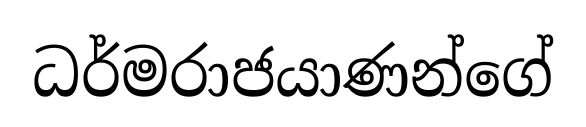
ධර්මරාජයාණන්ගේ